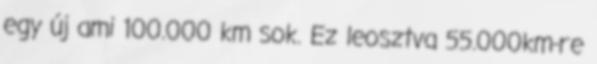
egy új ami 100.000 km sok. Ez leosztva 55.000km-re